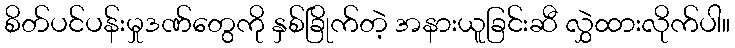
စိတ်ပင်ပန်းမှုဒဏ်တွေကို နှစ်ခြိုက်တဲ့ အနားယူခြင်းဆီ လွှဲထားလိုက်ပါ။